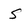
Character: S